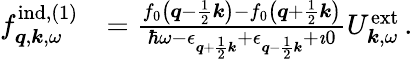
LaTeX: \begin{array}{rl}{f_{\boldsymbol{q},\boldsymbol{k},\omega}^{\mathrm{ind},(1)}}&{=\frac{f_{0}\left(\boldsymbol{q}-\frac{1}{2}\boldsymbol{k}\right)-f_{0}\left(\boldsymbol{q}+\frac{1}{2}\boldsymbol{k}\right)}{\hbar\omega-\epsilon_{\boldsymbol{q}+\frac{1}{2}\boldsymbol{k}}+\epsilon_{\boldsymbol{q}-\frac{1}{2}\boldsymbol{k}}+\imath 0}{U}_{\boldsymbol{k},\omega}^{\mathrm{ext}}\, .}\end{array}